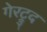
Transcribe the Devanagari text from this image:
गेरट्रुद